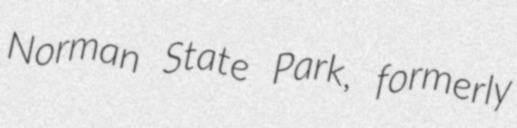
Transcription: Norman State Park, formerly